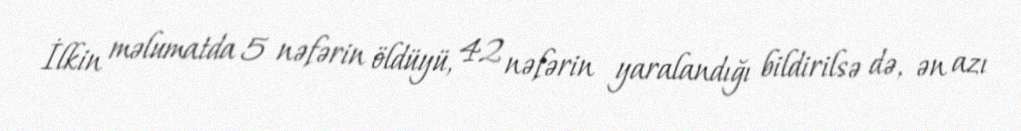
İlkin məlumatda 5 nəfərin öldüyü, 42 nəfərin yaralandığı bildirilsə də, ən azı